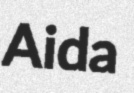
Aida